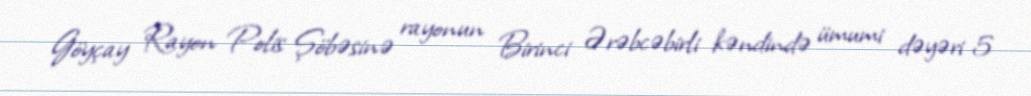
Göyçay Rayon Polis Şöbəsinə rayonun Birinci Ərəbcəbirli kəndində ümumi dəyəri 5